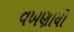
વખણાયો